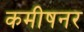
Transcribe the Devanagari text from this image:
कमीषनर